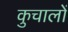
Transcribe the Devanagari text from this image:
कुचालों